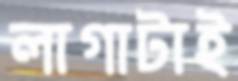
লাগাটাই